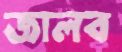
জালব